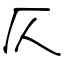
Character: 仄